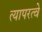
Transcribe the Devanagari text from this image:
त्यापरत्वे